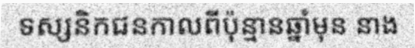
ទស្សនិកជនកាលពីប៉ុន្មានឆ្នាំមុន នាង